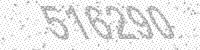
Solution: 516290